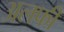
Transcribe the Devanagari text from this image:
अलफी